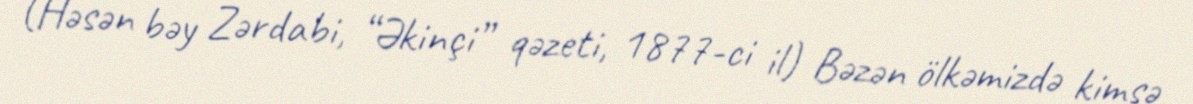
(Həsən bəy Zərdabi, “Əkinçi” qəzeti, 1877-ci il) Bəzən ölkəmizdə kimsə